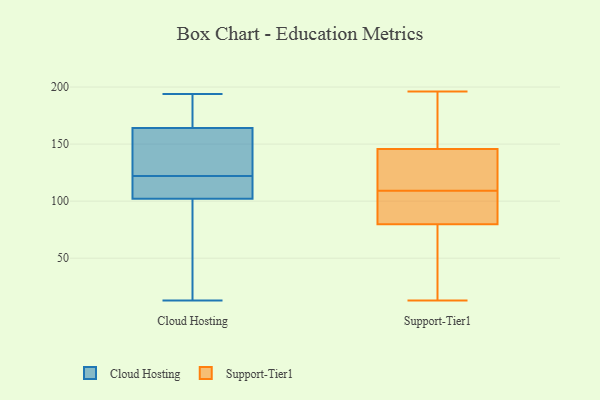
{"axis": {"x": "Operating Costs (USD K)", "y": "Value"}, "legend": ["Cloud Hosting", "Support-Tier1"], "data": [{"x": "", "y": 185, "type": "Cloud Hosting"}, {"x": "", "y": 116, "type": "Cloud Hosting"}, {"x": "", "y": 20, "type": "Cloud Hosting"}, {"x": "", "y": 91, "type": "Cloud Hosting"}, {"x": "", "y": 13, "type": "Cloud Hosting"}, {"x": "", "y": 121, "type": "Cloud Hosting"}, {"x": "", "y": 150, "type": "Cloud Hosting"}, {"x": "", "y": 103, "type": "Cloud Hosting"}, {"x": "", "y": 124, "type": "Cloud Hosting"}, {"x": "", "y": 101, "type": "Cloud Hosting"}, {"x": "", "y": 72, "type": "Cloud Hosting"}, {"x": "", "y": 183, "type": "Cloud Hosting"}, {"x": "", "y": 162, "type": "Cloud Hosting"}, {"x": "", "y": 107, "type": "Cloud Hosting"}, {"x": "", "y": 166, "type": "Cloud Hosting"}, {"x": "", "y": 194, "type": "Cloud Hosting"}, {"x": "", "y": 123, "type": "Cloud Hosting"}, {"x": "", "y": 191, "type": "Cloud Hosting"}, {"x": "", "y": 162, "type": "Cloud Hosting"}, {"x": "", "y": 105, "type": "Cloud Hosting"}, {"x": "", "y": 13, "type": "Support-Tier1"}, {"x": "", "y": 190, "type": "Support-Tier1"}, {"x": "", "y": 83, "type": "Support-Tier1"}, {"x": "", "y": 196, "type": "Support-Tier1"}, {"x": "", "y": 82, "type": "Support-Tier1"}, {"x": "", "y": 118, "type": "Support-Tier1"}, {"x": "", "y": 195, "type": "Support-Tier1"}, {"x": "", "y": 79, "type": "Support-Tier1"}, {"x": "", "y": 27, "type": "Support-Tier1"}, {"x": "", "y": 107, "type": "Support-Tier1"}, {"x": "", "y": 136, "type": "Support-Tier1"}, {"x": "", "y": 33, "type": "Support-Tier1"}, {"x": "", "y": 149, "type": "Support-Tier1"}, {"x": "", "y": 104, "type": "Support-Tier1"}, {"x": "", "y": 109, "type": "Support-Tier1"}, {"x": "", "y": 13, "type": "Support-Tier1"}, {"x": "", "y": 178, "type": "Support-Tier1"}, {"x": "", "y": 126, "type": "Support-Tier1"}, {"x": "", "y": 117, "type": "Support-Tier1"}]}